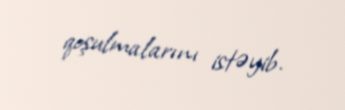
qoşulmalarını istəyib.